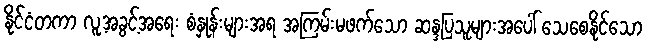
နိုင်ငံတကာ လူ့အခွင့်အရေး စံနှုန်းများအရ အကြမ်းမဖက်သော ဆန္ဒပြသူများအပေါ် သေစေနိုင်သော